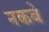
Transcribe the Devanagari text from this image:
नकबे